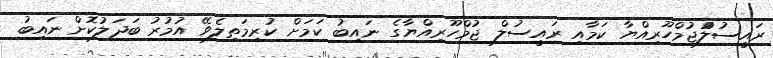
ރައީސުލްުޖުމްހޫރިއްޔާ ކަމާއި ރައީސުލް ޖުމްހޫރިއްޔާގެ ނައިބު ކަމަށް ކުރިމަތިލެވޭ އުމުރު ބަދަލުކޮށް ނައިބު